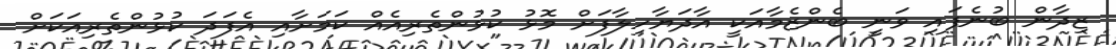
ޒިދާން ބުނެފައި ވަނީ ބެންޒެމާއަކީ އާދަޔާހިލާފަށް މޮޅު ކުޅުންތެރިއެއް ކަމަށާއި އެފަދަ ކުޅުންތެރިއަކަށް